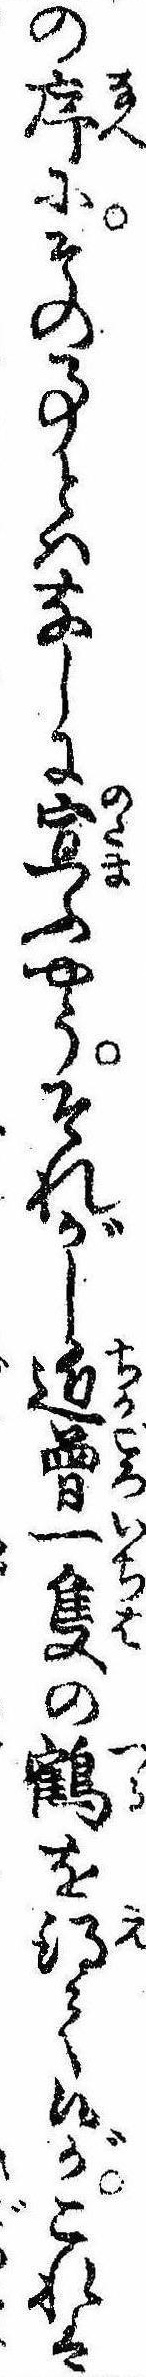
の序にその事とはなしに宣ふやうそれがし近曽一隻の鶴を得て候がこれは